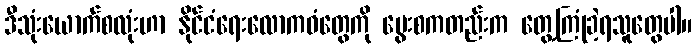
ဒီသုံးယောက်စလုံးဟာ နိုင်ငံရေးလောကဓံတွေကို မွေးစကတည်းက တွေ့ကြုံခဲ့ရသူတွေပါ။